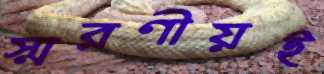
স্মরণীয়ই